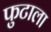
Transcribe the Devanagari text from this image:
फुटाला